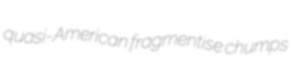
quasi-American fragmentise chumps